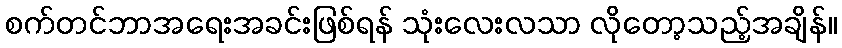
စက်တင်ဘာအရေးအခင်းဖြစ်ရန် သုံးလေးလသာ လိုတော့သည့်အချိန်။